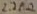
Text: 2.2MΩ